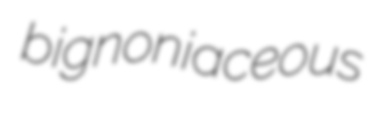
bignoniaceous